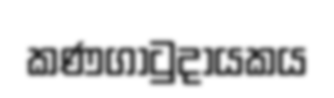
කණගාටුදායකය